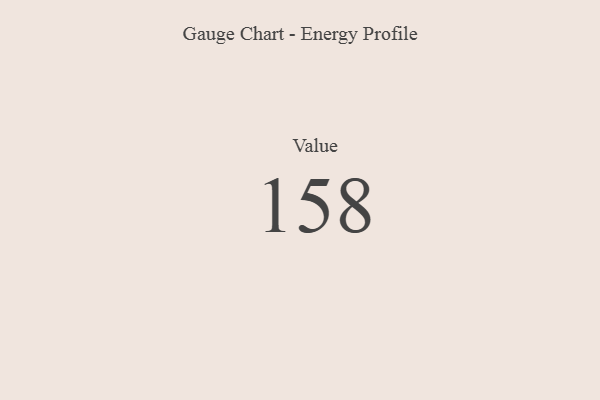
{"axis": {"x": "Metric", "y": "Value"}, "legend": [""], "data": [{"x": "Value", "y": 158, "type": ""}]}